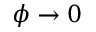
\phi \to 0